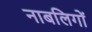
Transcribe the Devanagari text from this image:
नाबलिगों